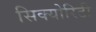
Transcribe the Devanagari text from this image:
सिक्‍योरिटी